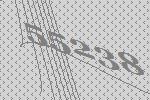
55238